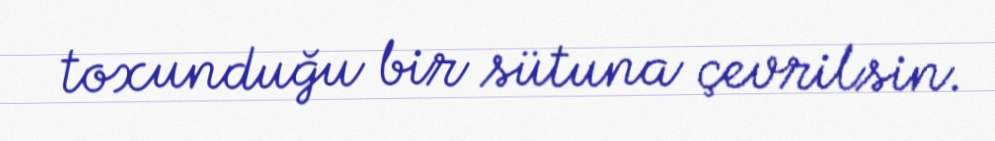
toxunduğu bir sütuna çevrilsin.